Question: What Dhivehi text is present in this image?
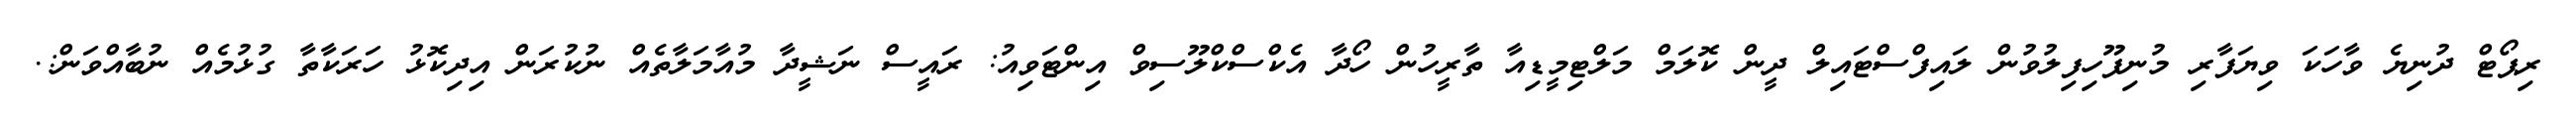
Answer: ރިޕޯޓް ދުނިޔެ ވާހަކަ ވިޔަފާރި މުނިފޫހިފިލުވުން ލައިފްސްޓައިލް ދީން ކޮލަމް މަލްޓިމީޑިއާ ތާރީހުން ހޯދާ އެކްސްކްލޫސިވް އިންޓަވިއު: ރައީސް ނަޝީދާ މުއާމަލާތެއް ނުކުރަން އިދިކޮޅު ހަރަކާތާ ގުޅުމެއް ނުބާއްވަން:.